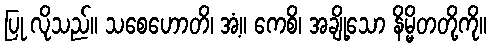
ပြု လိုသည်။ သစေဟောတိ၊ အံ့။ ကေစိ၊ အချို့သော နိမ္မိတတို့ကို။